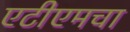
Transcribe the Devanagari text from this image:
एटीएमचा